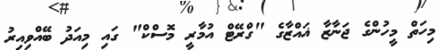
މިހަތް މީހުންގެ ޖަނާޒާ ޣައްޒާގެ "ގްރޭޓް އުމާރީ މޮސްކް" ގައި މިއަދު ބޭއްވިއިރު